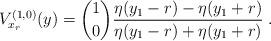
LaTeX: \begin{align*} V_{x_r}^{(1,0)}(y)=\binom{1}{0}\frac{\eta(y_1-r)-\eta(y_1+r)}{\eta(y_1-r)+\eta(y_1+r)}\;. \end{align*}